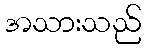
အသားသည်